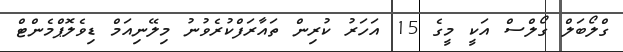
ގްލޯބަލް ގޯލްސް އަކީ މީގެ 15 އަހަރު ކުރިން ތައާރަފްކުރެވުނު މިލޭނިއަމް ޑިވެލޮޕްމެންޓް